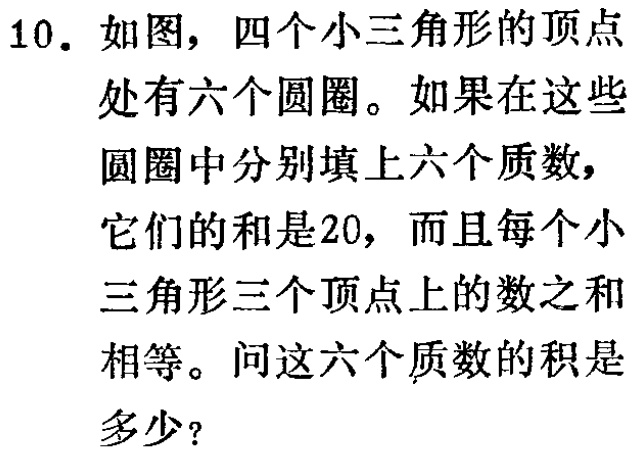
10. 如图，四个小三角形的顶点
处有六个圆圈。如果在这些
圆圈中分别填上六个质数，
它们的和是20，而且每个小
三角形三个顶点上的数之和
相等。问这六个质数的积是
多少？